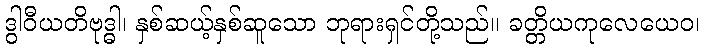
ဒွါဝီယတိဗုဒ္ဓါ၊ နှစ်ဆယ့်နှစ်ဆူသော ဘုရားရှင်တို့သည်။ ခတ္တိယကုလေယေဝ၊